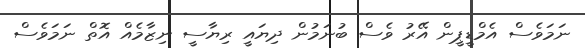
ނަމަވެސް އެމްޑީޕީން އޭރު ވެސް ބުނަމުން ދިޔައީ ރިޔާސީ ނިޒާމެއް އޮތް ނަމަވެސް